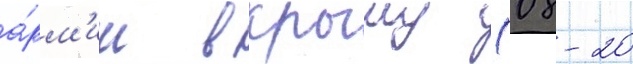
а́рм'ии в крыму (08-20